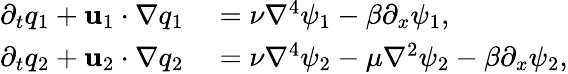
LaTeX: \begin{array}{rl}{\partial_{t}q_{1}+\mathbf{u}_{1}\cdot\nabla q_{1}}&{{}=\nu\nabla^{4}\psi_{1}-\beta\partial_{x}\psi_{1},}\\ {\partial_{t}q_{2}+\mathbf{u}_{2}\cdot\nabla q_{2}}&{{}=\nu\nabla^{4}\psi_{2}-\mu\nabla^{2}\psi_{2}-\beta\partial_{x}\psi_{2},}\end{array}